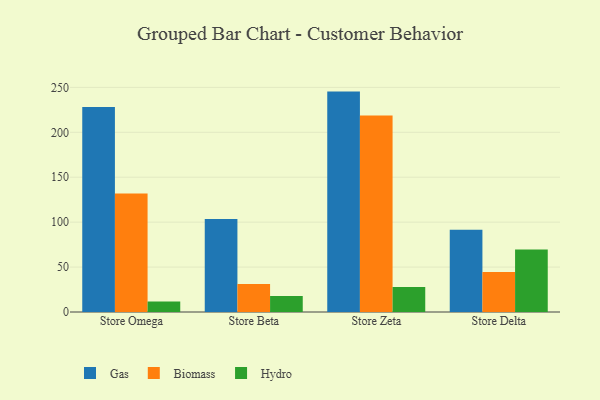
{"axis": {"x": "Store", "y": "Energy Usage (MWh)"}, "legend": ["Biomass", "Gas", "Hydro"], "data": [{"x": "Store Omega", "y": 228.1, "type": "Gas"}, {"x": "Store Omega", "y": 131.9, "type": "Biomass"}, {"x": "Store Omega", "y": 11.8, "type": "Hydro"}, {"x": "Store Beta", "y": 103.6, "type": "Gas"}, {"x": "Store Beta", "y": 31.3, "type": "Biomass"}, {"x": "Store Beta", "y": 17.9, "type": "Hydro"}, {"x": "Store Zeta", "y": 245.3, "type": "Gas"}, {"x": "Store Zeta", "y": 218.7, "type": "Biomass"}, {"x": "Store Zeta", "y": 27.9, "type": "Hydro"}, {"x": "Store Delta", "y": 91.6, "type": "Gas"}, {"x": "Store Delta", "y": 44.5, "type": "Biomass"}, {"x": "Store Delta", "y": 69.7, "type": "Hydro"}]}